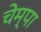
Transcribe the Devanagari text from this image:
चेम्पा